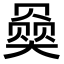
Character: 𪥠